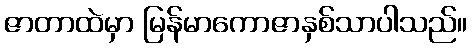
ဇာတာထဲမှာ မြန်မာကောဇာနှစ်သာပါသည်။